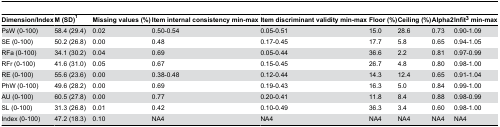
<table><thead><tr><td><b>Dimension/Index</b></td><td><b>M (SD)<sup>1</sup></b></td><td><b>Missing values (%)</b></td><td><b>Item internal consistency min-max</b></td><td><b>Item discriminant validity min-max</b></td><td><b>Floor (%)</b></td><td><b>Ceiling (%)</b></td><td><b>Alpha2</b></td><td><b>Infit<sup>3</sup> min-max</b></td></tr></thead><tbody><tr><td>PsW (0-100)</td><td>58.4 (29.4)</td><td>0.02</td><td>0.50-0.54</td><td>0.05-0.51</td><td>15.0</td><td>28.6</td><td>0.73</td><td>0.90-1.09</td></tr><tr><td>SE (0-100)</td><td>50.2 (26.8)</td><td>0.00</td><td>0.48</td><td>0.17-0.45</td><td>17.7</td><td>5.8</td><td>0.65</td><td>0.94-1.05</td></tr><tr><td>RFa (0-100)</td><td>34.1 (30.2)</td><td>0.04</td><td>0.69</td><td>0.05-0.44</td><td>36.6</td><td>2.2</td><td>0.81</td><td>0.97-0.99</td></tr><tr><td>RFr (0-100)</td><td>41.6 (31.0)</td><td>0.05</td><td>0.67</td><td>0.15-0.45</td><td>26.7</td><td>4.8</td><td>0.80</td><td>0.98-1.00</td></tr><tr><td>RE (0-100)</td><td>55.6 (23.6)</td><td>0.00</td><td>0.38-0.48</td><td>0.12-0.44</td><td>14.3</td><td>12.4</td><td>0.65</td><td>0.91-1.04</td></tr><tr><td>PhW (0-100)</td><td>49.6 (28.2)</td><td>0.00</td><td>0.69</td><td>0.19-0.43</td><td>16.3</td><td>5.0</td><td>0.84</td><td>0.99-1.00</td></tr><tr><td>AU (0-100)</td><td>60.5 (27.8)</td><td>0.00</td><td>0.77</td><td>0.20-0.41</td><td>11.8</td><td>8.4</td><td>0.88</td><td>0.98-0.99</td></tr><tr><td>SL (0-100)</td><td>31.3 (26.8)</td><td>0.01</td><td>0.42</td><td>0.10-0.49</td><td>36.3</td><td>3.4</td><td>0.60</td><td>0.98-1.00</td></tr><tr><td>Index (0-100)</td><td>47.2 (18.3)</td><td>0.10</td><td>NA4</td><td>NA4</td><td>NA4</td><td>NA4</td><td>NA4</td><td>NA4</td></tr></tbody></table>